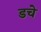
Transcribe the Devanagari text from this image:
डचे